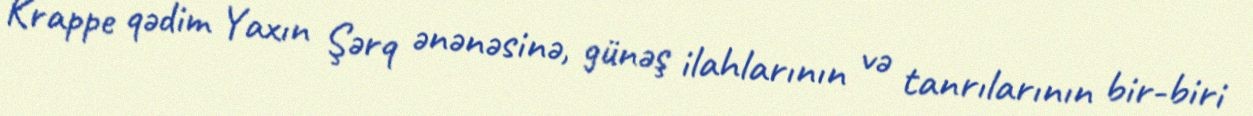
Krappe qədim Yaxın Şərq ənənəsinə, günəş ilahlarının və tanrılarının bir-biri